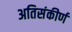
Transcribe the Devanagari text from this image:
अतिसंकीर्ण